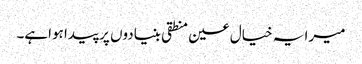
میرا یہ خیال عین منطقی بنیادوں پر پیدا ہواہے۔